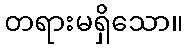
တရားမရှိသော။